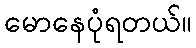
မောနေပုံရတယ်။